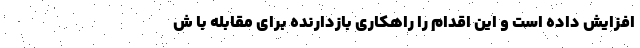
افزایش داده است و این اقدام را راهکاری بازدارنده برای مقابله با ش